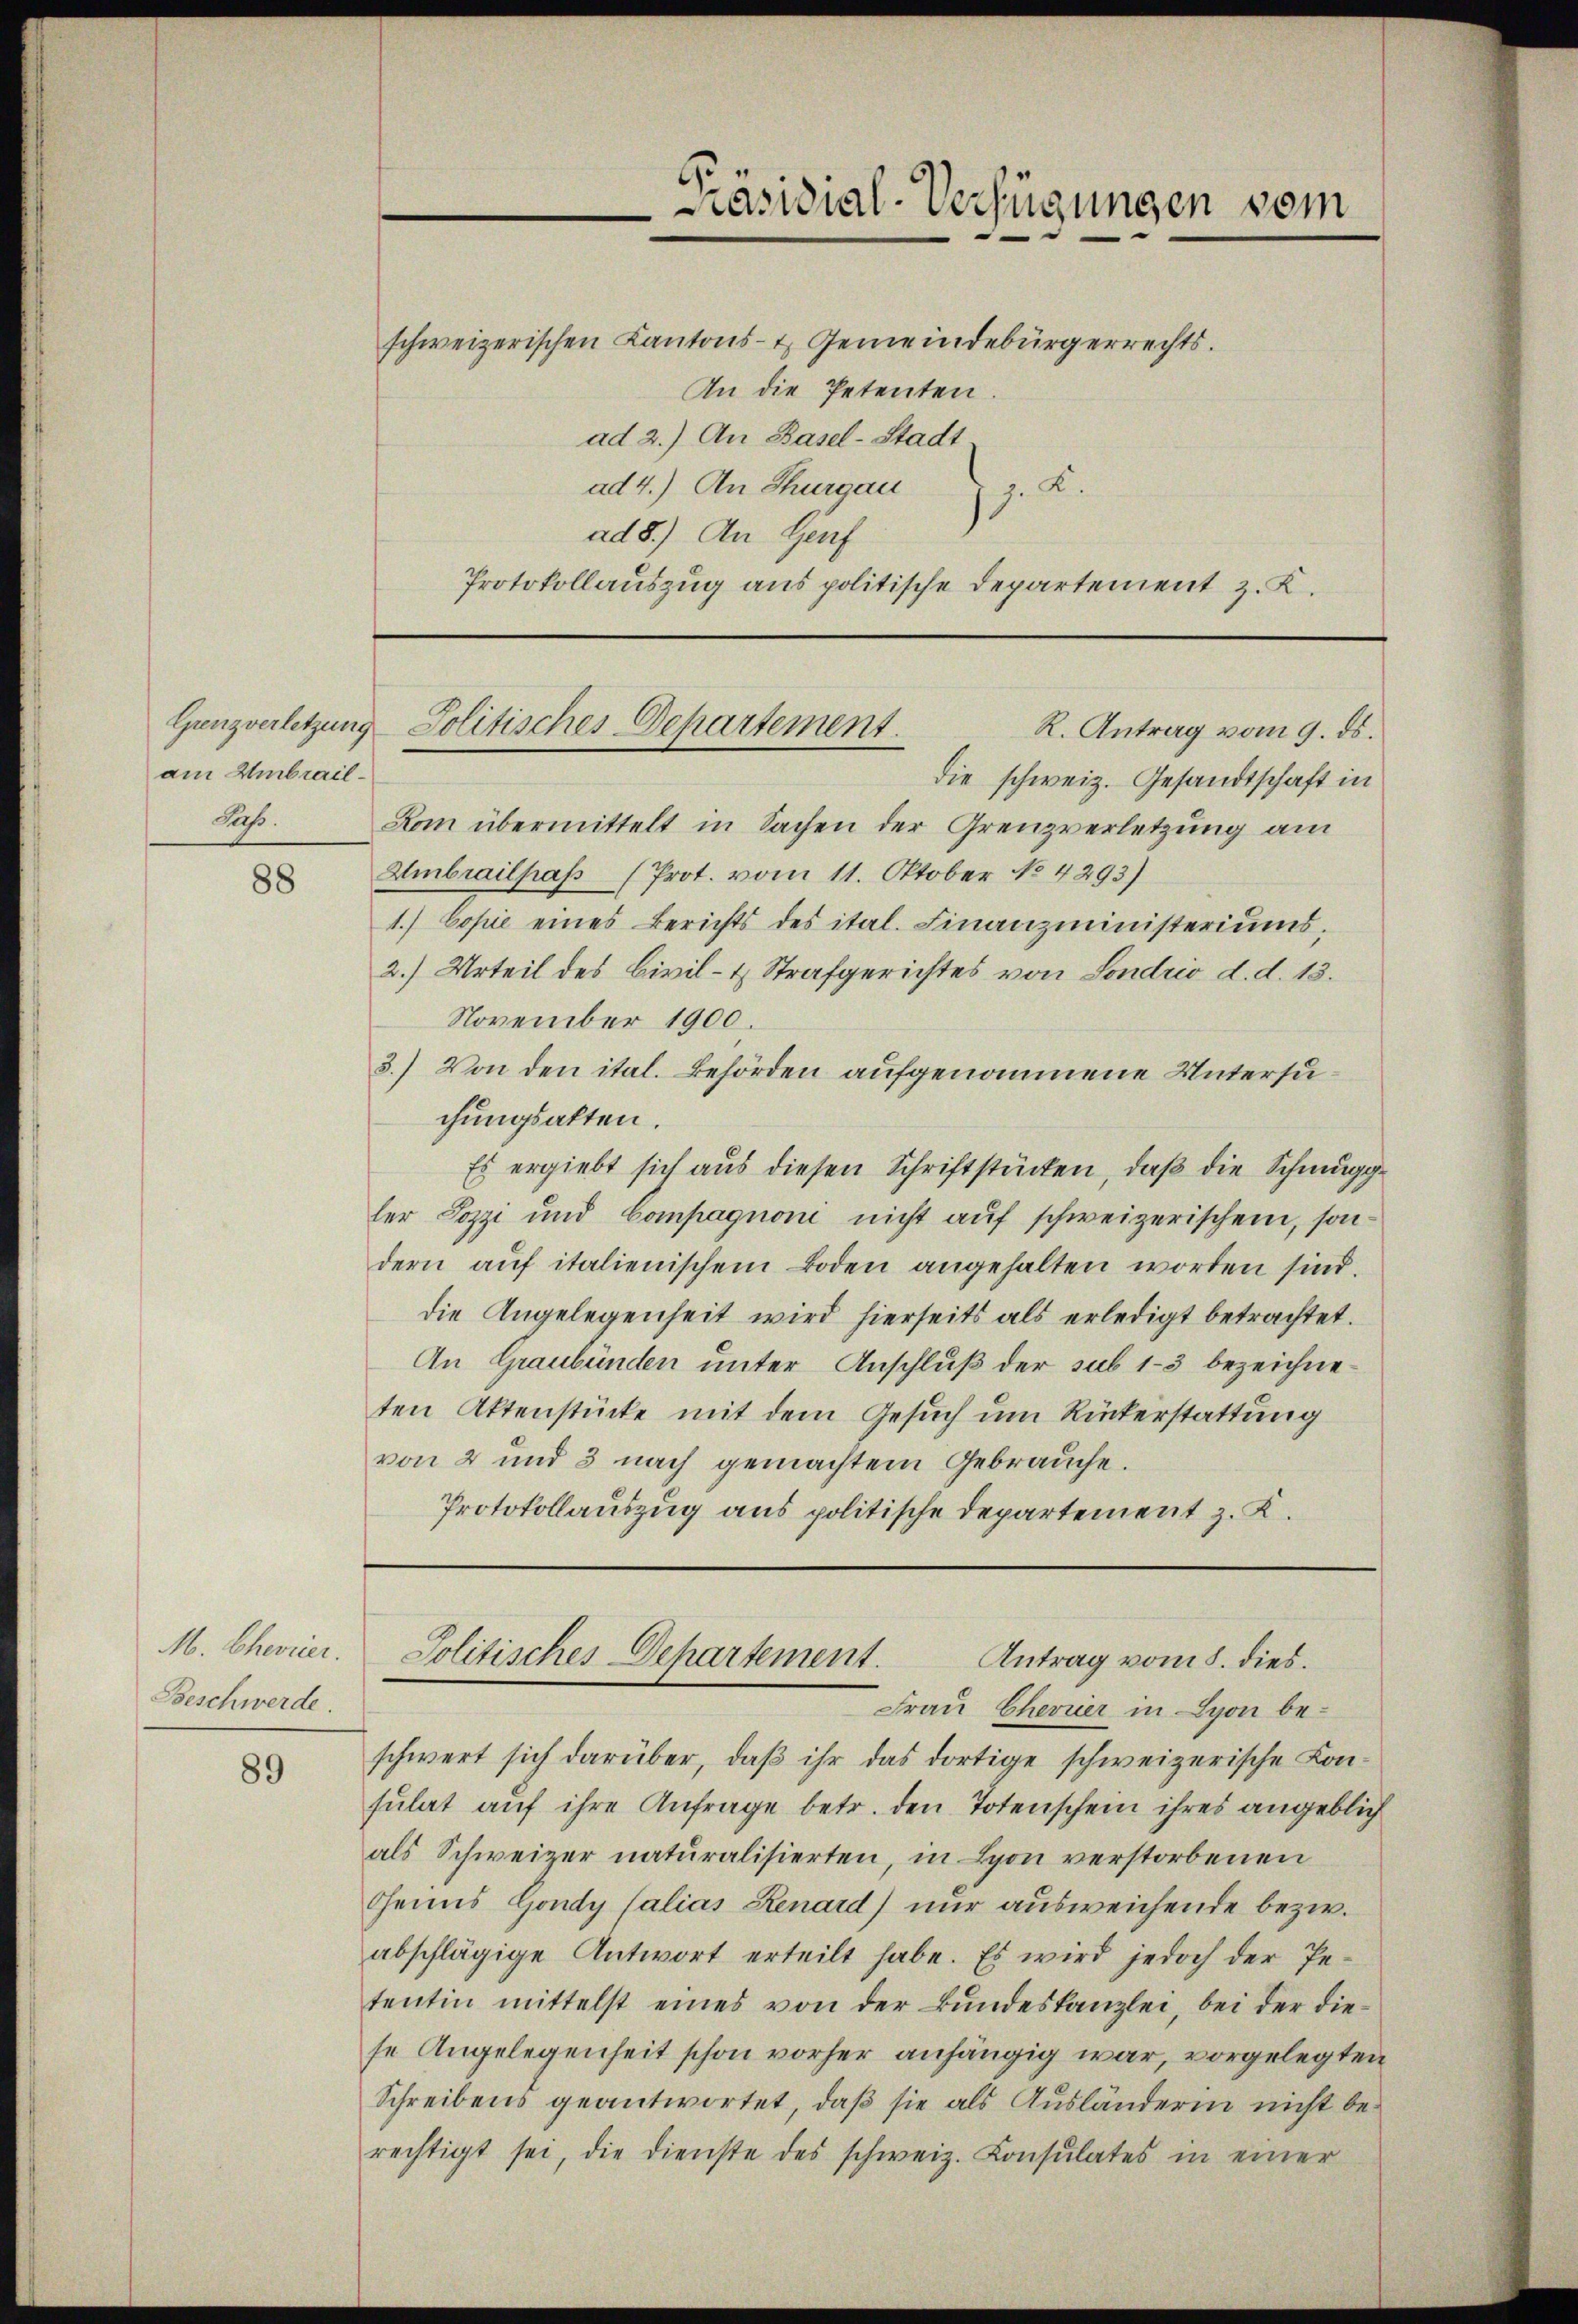
am Umbraildaß.

88

M. Chevier.
Beschwerde.

89

schweizerischen Kantons- & Gemeindebürgerrechts.
An die Petenten.
ad 2.) An Basel-Stadt.
ad 4.) An Thurgau z. K.
ad 8.) An Genf
Protokollauszug aus politische Departement z. K.

Präsidial-Verfügungen vom

die schweiz. Gesandtschaft in
Kom übermittelt in Sachen der Grenzverletzung am
Umbrailpas (Prot. vom 11. Oktober No. 4293)
1.) Copie eines Berichts des ital. Finanzministeriums.
2.) Urteil des Civil- & Strafgerichtes von Sondrio d. d. 13.
November 1900.
3.) Von den ital. Behörden aufgenommene Untersuchungsakten.
Es ergiebt sich aus diesen Schriftstücken, daß die Schmuggler Sozzi und Compagnoni nicht auf schweizerischen, sondern aŭf italienischem Boden angehalten worden sind.
die Angelegenheit wird hierseits als erledigt betrachtet.
An Graubünden unter Anschluß der sub 1-3 bezeichneten Aktenstücke mit dem Gesuch um Rückerstattung
von 2 und 3 nach gemachtem Gebrauche.
Protokollauszug aus politische Departement z. K.

Genzverletzung - Politisches Departement.
R. Antrag vom 9. ds.

Politisches Dehartement.
Antrag vom 8. dies.

Frau Chevrier in Lyon beschwert sich darüber, daβ ihr das dortige schweizerische Kon-
sulat auf ihre Anfrage betr. den Totenschein ihres angeblich
als Schweizer naturalisierten, in Lyon verstorbenen
Genus Gondy Calias Renard) nur ausweichende bezw.
abschlägige Antwort erteilt habe. Es wird jedoch der Pe-
tentin mittelst eines von der Bundeskanzlei, bei der diese Angelegenheit schon vorher anhängig war, vorgelegten
Schreibens geantwortet, daß sie als Ausländerin nicht berechtigt sei, die dienste des schweiz. Consulates in einer